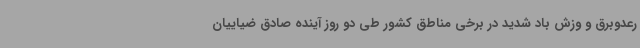
رعدوبرق و وزش باد شدید در برخی مناطق کشور طی دو روز آینده صادق ضیاییان